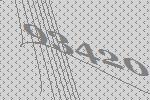
93420